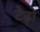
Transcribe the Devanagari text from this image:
टेढ़ो